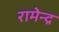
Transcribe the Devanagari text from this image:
रामेन्द्र